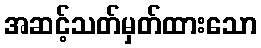
အဆင့်သတ်မှတ်ထားသော